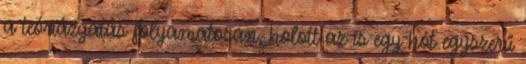
a teóriázgatás folyamatosan, holott az is egy hót egyszerű